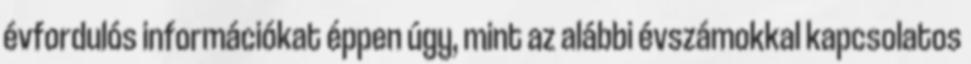
évfordulós információkat éppen úgy, mint az alábbi évszámokkal kapcsolatos